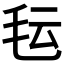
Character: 𬆽